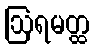
ဩရမတ္ထ